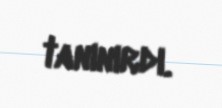
tanınırdı.